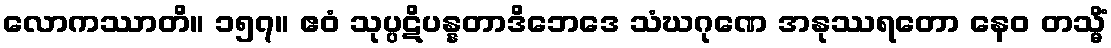
လောကဿာတိ။ ၁၅၇။ ဧဝံ သုပ္ပဋိပန္နတာဒိဘေဒေ သံဃဂုဏေ အနုဿရတော နေဝ တသ္မိံ